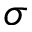
\sigma